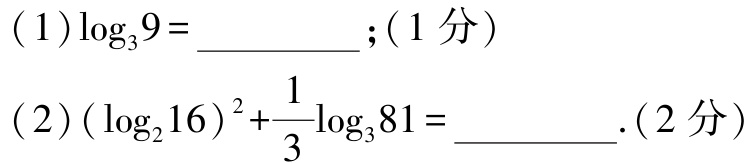
(1)$\log_{3}9 = \_\_\_\_\_\_$; (1 分)
(2)$(\log_{2}16)^{2}+\frac{1}{3}\log_{3}81 = \_\_\_\_\_\_$. (2 分)